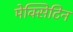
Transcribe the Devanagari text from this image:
मेक्सिटिन